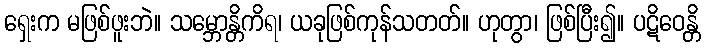
ရှေးက မဖြစ်ဖူးဘဲ။ သမ္ဘောန္တိကိရ၊ ယခုဖြစ်ကုန်သတတ်။ ဟုတွာ၊ ဖြစ်ပြီး၍။ ပဋိဝေန္တိ